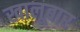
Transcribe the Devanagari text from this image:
खालूबार